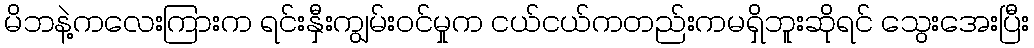
မိဘနဲ့ကလေးကြားက ရင်းနှီးကျွမ်းဝင်မှုက ငယ်ငယ်ကတည်းကမရှိဘူးဆိုရင် သွေးအေးပြီး